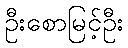
ဦးစောမြင့်ဦး